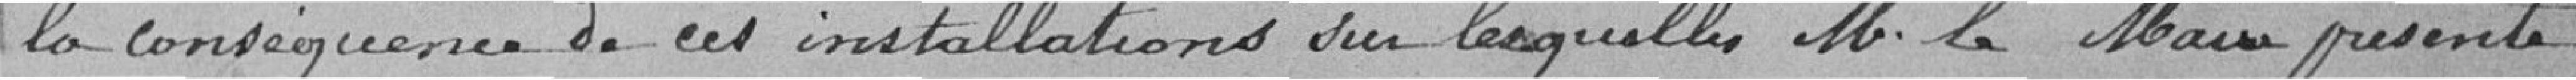
la conséquence de ces installations sur lesquelles Monsieur Le Maire présente